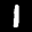
Label: 1